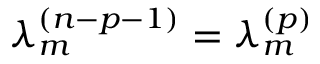
\lambda _ { m } ^ { ( n - p - 1 ) } = \lambda _ { m } ^ { ( p ) }